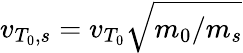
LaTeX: v_{T_{0},s}=v_{T_{0}}\sqrt{m_{0}/m_{s}}